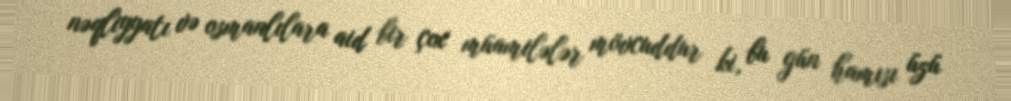
nəqliyyatı və osmanlılara aid bir çox müamilələr mövcuddur ki, bu gün hamısı üzü